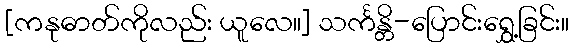
[ကနုဓာတ်ကိုလည်း ယူလေ။] သင်္ကန္တိ-ပြောင်းရွှေ့ခြင်း။